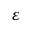
\varepsilon